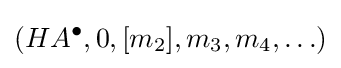
(HA^{\bullet },0,[m_{2}],m_{3},m_{4},\ldots )